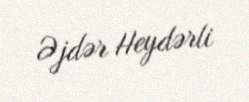
Əjdər Heydərli